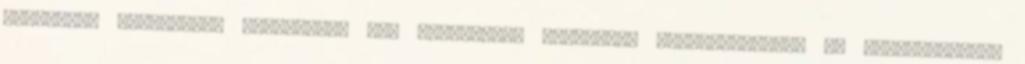
évforduló alkalmából megjelenik egy különleges változat; megvásárolható az Indianapolisi